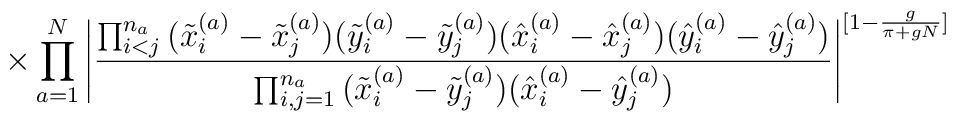
\times \prod_{a=1}^N\Bigg| \frac{ \prod_{i<j}^{n_a}\big( \tilde{x}^{(a)}_i - \tilde{x}^{(a)}_j \big)\big( \tilde{y}^{(a)}_i - \tilde{y}^{(a)}_j \big)\big( \hat{x}^{(a)}_i - \hat{x}^{(a)}_j \big)\big( \hat{y}^{(a)}_i - \hat{y}^{(a)}_j \big)}{ \prod_{i,j=1}^{n_a}\big( \tilde{x}^{(a)}_i - \tilde{y}^{(a)}_j \big)\big( \hat{x}^{(a)}_i - \hat{y}^{(a)}_j \big)} \Bigg|^{[1-\frac{g}{\pi+gN}]}